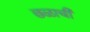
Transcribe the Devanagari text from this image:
छळाची